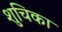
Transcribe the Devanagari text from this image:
शुचिका